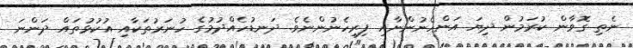
ނެތި ގޮވާން ކުރަމުން ދިޔަ އަންހެނުންނާއި ފިރިހެނުންނެވެ. ދަނޑުހެއްދުމުގެ ހުނަރުތަކާއި އުކުޅުތައް ދަންނަ